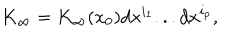
K _ { \infty } = K _ { \infty } ( x _ { 0 } ) d x ^ { i _ { 1 } } . . . d x ^ { i _ { p } } ,